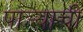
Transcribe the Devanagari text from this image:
पार्‍याची